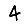
Digit: 4